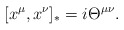
\begin{align*}\lbrack x^{\mu },x^{\nu }]_{*}=i\Theta ^{\mu \nu }. \end{align*}